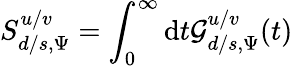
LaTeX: S_{d/s,\Psi}^{u/v}=\int_{0}^{\infty}\mathrm{d}t\mathcal{G}_{d/s,\Psi}^{u/v}(t)